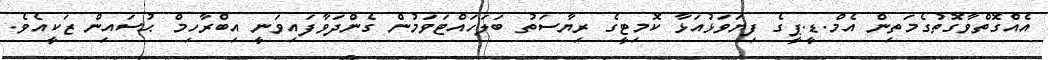
އެއްގޮތްވާގޮތުގެމަތިން އެމް.ޑީ.ޕީގެ ފިޔަވަޅުއަޅާ ކޮމިޓީގެ ރިޔާސަތު ބަލަހައްޓަވަމުން ގެންދަވާފައިވަނީ އިބްރާހިމް ޙުސައިން ޒަކީއެވެ.